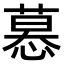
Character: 𢟽